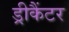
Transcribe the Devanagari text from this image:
ड्रीकैंटर